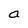
Character: a